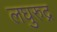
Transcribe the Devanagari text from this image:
लघुरुद्र